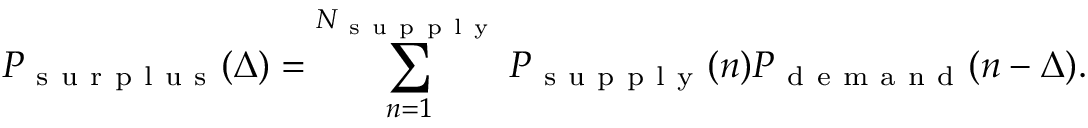
P _ { \mathrm { ~ s ~ u ~ r ~ p ~ l ~ u ~ s ~ } } ( \Delta ) = \sum _ { n = 1 } ^ { N _ { \mathrm { ~ s ~ u ~ p ~ p ~ l ~ y ~ } } } P _ { \mathrm { ~ s ~ u ~ p ~ p ~ l ~ y ~ } } ( n ) P _ { \mathrm { ~ d ~ e ~ m ~ a ~ n ~ d ~ } } ( n - \Delta ) .